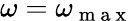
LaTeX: \omega=\omega_{\mathrm{~m~a~x~}}